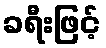
ခရီးဖြင့်